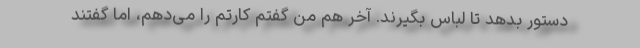
دستور بدهد تا لباس بگیرند. آخر هم من گفتم کارتم را می‌دهم، اما گفتند